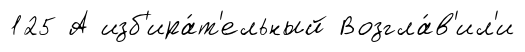
125 А изб'ира́т'ельный Возгла́в'ил'и